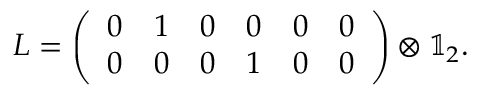
L = \left( \begin{array} { l l l l l l } { 0 } & { 1 } & { 0 } & { 0 } & { 0 } & { 0 } \\ { 0 } & { 0 } & { 0 } & { 1 } & { 0 } & { 0 } \end{array} \right) \otimes \mathbb { 1 } _ { 2 } .